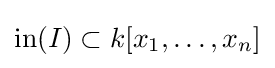
\operatorname {in} (I)\subset k[x_{1},\ldots ,x_{n}]